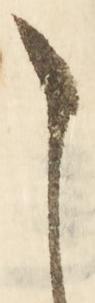
こ